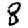
Digit: 8